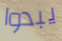
يبدوا